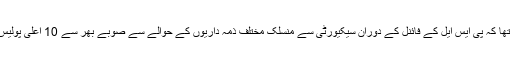
محمد امین وینس کا کہنا تھا کہ پی ایس ایل کے فائنل کے دوران سیکیورٹی سے منسلک مختلف ذمہ داریوں کے حوالے سے صوبے بھر سے 10 اعلیٰ پولیس افسران کو طلب کیا گیا۔